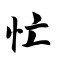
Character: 忙